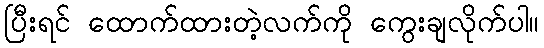
ပြီးရင် ထောက်ထားတဲ့လက်ကို ကွေးချလိုက်ပါ။